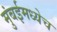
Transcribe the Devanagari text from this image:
मुंबईमध्येच